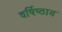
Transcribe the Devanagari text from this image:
वर्षिष्ठाय